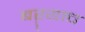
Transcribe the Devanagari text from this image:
बऱ्‍याच